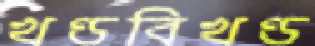
খণ্ডবিখণ্ড